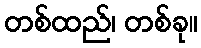
တစ်ထည်၊ တစ်ခု။